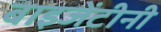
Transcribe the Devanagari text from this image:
बाइजेंटीनी